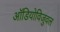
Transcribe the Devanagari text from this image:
ऑडियोविजुवल